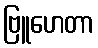
ဗြူဟေတာ